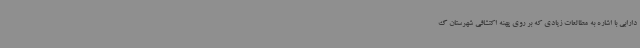
دارابی با اشاره به مطالعات زیادی که بر روی پهنه اکتشافی شهرستان گ